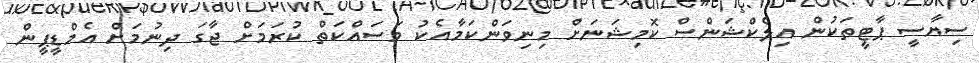
ސިޔާސީ ޕާޓީތަކުން އިލެކްޝަންސް ކޮމިޝަނަށް މިނިވަންކަމާއެކު މަސައްކަތް ކުރަމަށް ޖާގަ ދިނުމަށް އެމްޑީޕީން